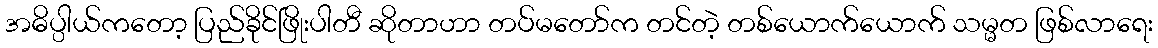
အဓိပ္ပါယ်ကတော့ ပြည်ခိုင်ဖြိုးပါတီ ဆိုတာဟာ တပ်မတော်က တင်တဲ့ တစ်ယောက်ယောက် သမ္မတ ဖြစ်လာရေး